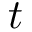
t